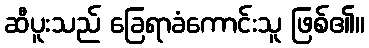
ဆီပူးသည် ခြေရာခံကောင်းသူ ဖြစ်၏။